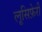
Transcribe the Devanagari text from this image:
लूसिफ़ेरी